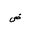
Letter: _dad